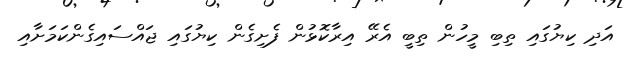
އަދި ކިޔުގައި ތިބި މީހުން ތިބީ އެރޭ އިރާކޮޅުން ފެށިގެން ކިޔުގައި ޖައްސައިގެންކަމަށާއި